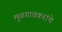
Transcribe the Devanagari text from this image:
मुळगावकरांचे